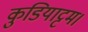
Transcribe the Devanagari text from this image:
कुडियाट्टम।